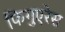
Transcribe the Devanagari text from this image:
फिगुएरेस